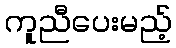
ကူညီပေးမည့်